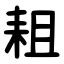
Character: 耝